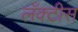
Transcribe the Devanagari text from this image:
लॅक्‍टीस